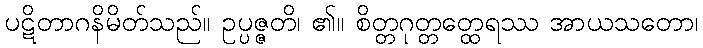
ပဋိတာဂနိမိတ်သည်။ ဥပ္ပဇ္ဇတိ၊ ၏။ စိတ္တဂုတ္တတ္ထေရဿ အာယသတော၊